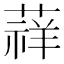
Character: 䔗